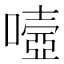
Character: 𡀄